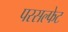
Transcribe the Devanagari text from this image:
परसल्फेट